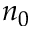
n _ { 0 }